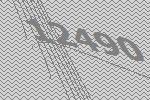
12490